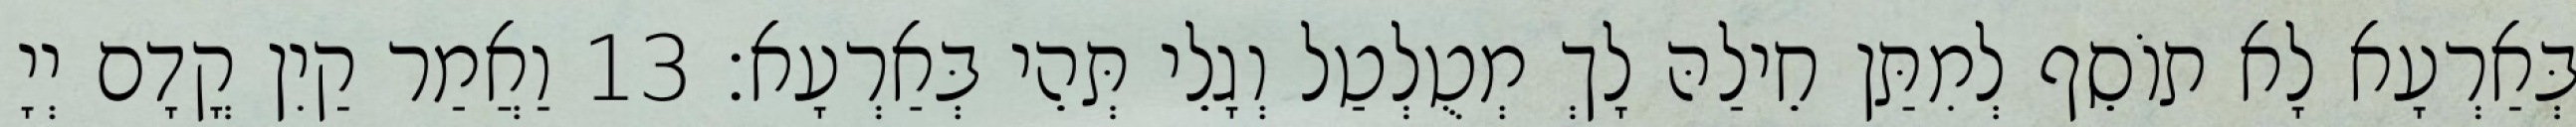
בְּאַרְעָא לָא תוֹסֵף לְמִתַּן חֵילַהּ לָךְ מְטֻלְטַל וְגָלֵי תְּהֵי בְּאַרְעָא׃ 13 וַאֲמַר קַיִן קֳדָם יְיָ